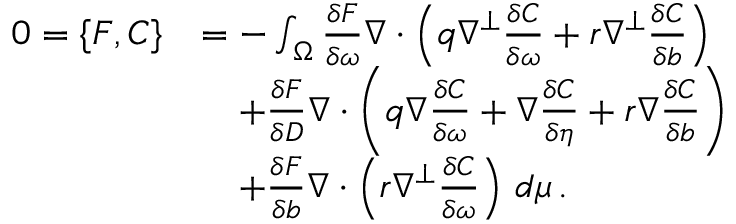
\begin{array} { r l } { 0 = \{ F , C \} } & { = - \int _ { \Omega } \frac { \delta F } { \delta \omega } \nabla \cdot \left( q \nabla ^ { \perp } \frac { \delta C } { \delta \omega } + r \nabla ^ { \perp } \frac { \delta C } { \delta b } \right) } \\ & { \quad + \frac { \delta F } { \delta D } \nabla \cdot \left( q \nabla \frac { \delta C } { \delta \omega } + \nabla \frac { \delta C } { \delta \eta } + r \nabla \frac { \delta C } { \delta b } \right) } \\ & { \quad + \frac { \delta F } { \delta b } \nabla \cdot \left( r \nabla ^ { \perp } \frac { \delta C } { \delta \omega } \right) \, d \mu \, . } \end{array}